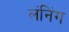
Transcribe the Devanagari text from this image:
लंनिंग